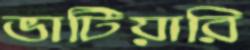
ভাটিয়ারি